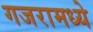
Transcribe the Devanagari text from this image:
गजरामध्ये